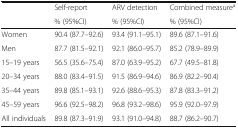
| <ROWSPAN=2>  | Self-report | ARV detection | Combined measurea |
 | % (95%CI) | % (95%CI) | % (95%CI) |
 | --- | --- | --- | --- |
 | Women | 90.4 (87.7–92.6) | 93.4 (91.1–95.1) | 89.6 (87.1–91.6) |
 | Men | 87.7 (81.5–92.1) | 92.1 (86.0–95.7) | 85.2 (78.9–89.9) |
 | 15–19 years | 56.5 (35.6–75.4) | 87.0 (63.9–95.2) | 67.7 (49.5–81.8) |
 | 20–34 years | 88.0 (83.4–91.5) | 91.5 (86.9–94.6) | 86.9 (82.2–90.4) |
 | 35–44 years | 89.8 (85.1–93.1) | 92.6 (88.6–95.3) | 87.8 (83.3–91.2) |
 | 45–59 years | 96.6 (92.5–98.2) | 96.8 (93.2–98.6) | 95.9 (92.0–97.9) |
 | All individuals | 89.8 (87.3–91.9) | 93.1 (91.0–94.8) | 88.7 (86.2–90.7) |